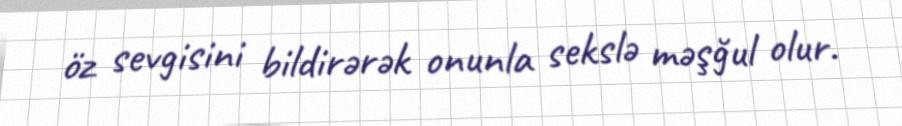
öz sevgisini bildirərək onunla sekslə məşğul olur.